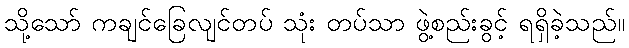
သို့သော် ကချင်ခြေလျင်တပ် သုံး တပ်သာ ဖွဲ့စည်းခွင့် ရရှိခဲ့သည်။